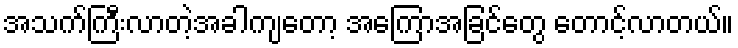
အသက်ကြီးလာတဲ့အခါကျတော့ အကြောအခြင်တွေ တောင့်လာတယ်။